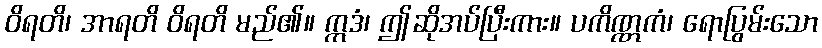
ဝိရတိ၊ အာရတိ ဝိရတိ မည်၏။ ဣဒံ၊ ဤဆိုအပ်ပြီးကား။ ပကိဏ္ဏကံ၊ ရောပြွမ်းသော